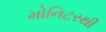
મોનિટરથી